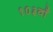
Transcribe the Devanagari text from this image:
१०३वाँ